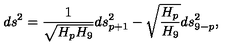
d s ^ { 2 } = { \frac { 1 } { \sqrt { H _ { p } H _ { 9 } } } } d s _ { p + 1 } ^ { 2 } - \sqrt { { \frac { H _ { p } } { H _ { 9 } } } } d s _ { 9 - p } ^ { 2 } ,